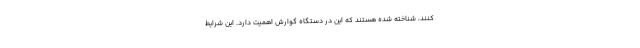
کنند، شناخته شده هستند که این در دستگاه گوارش اهمیت دارد. این شرایط